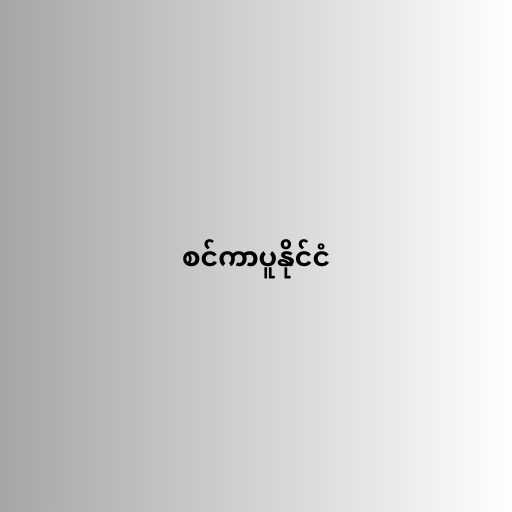
စင်ကာပူနိုင်ငံ